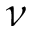
\nu